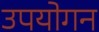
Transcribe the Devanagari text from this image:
उपयोगन